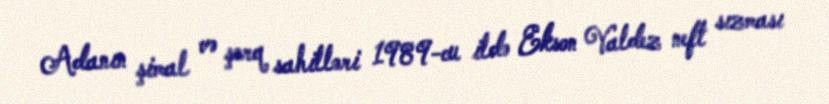
Adanın şimal və şərq sahilləri 1989-cu ildə Ekson Valdez neft sızması